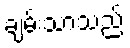
ချမ်းသာသည်